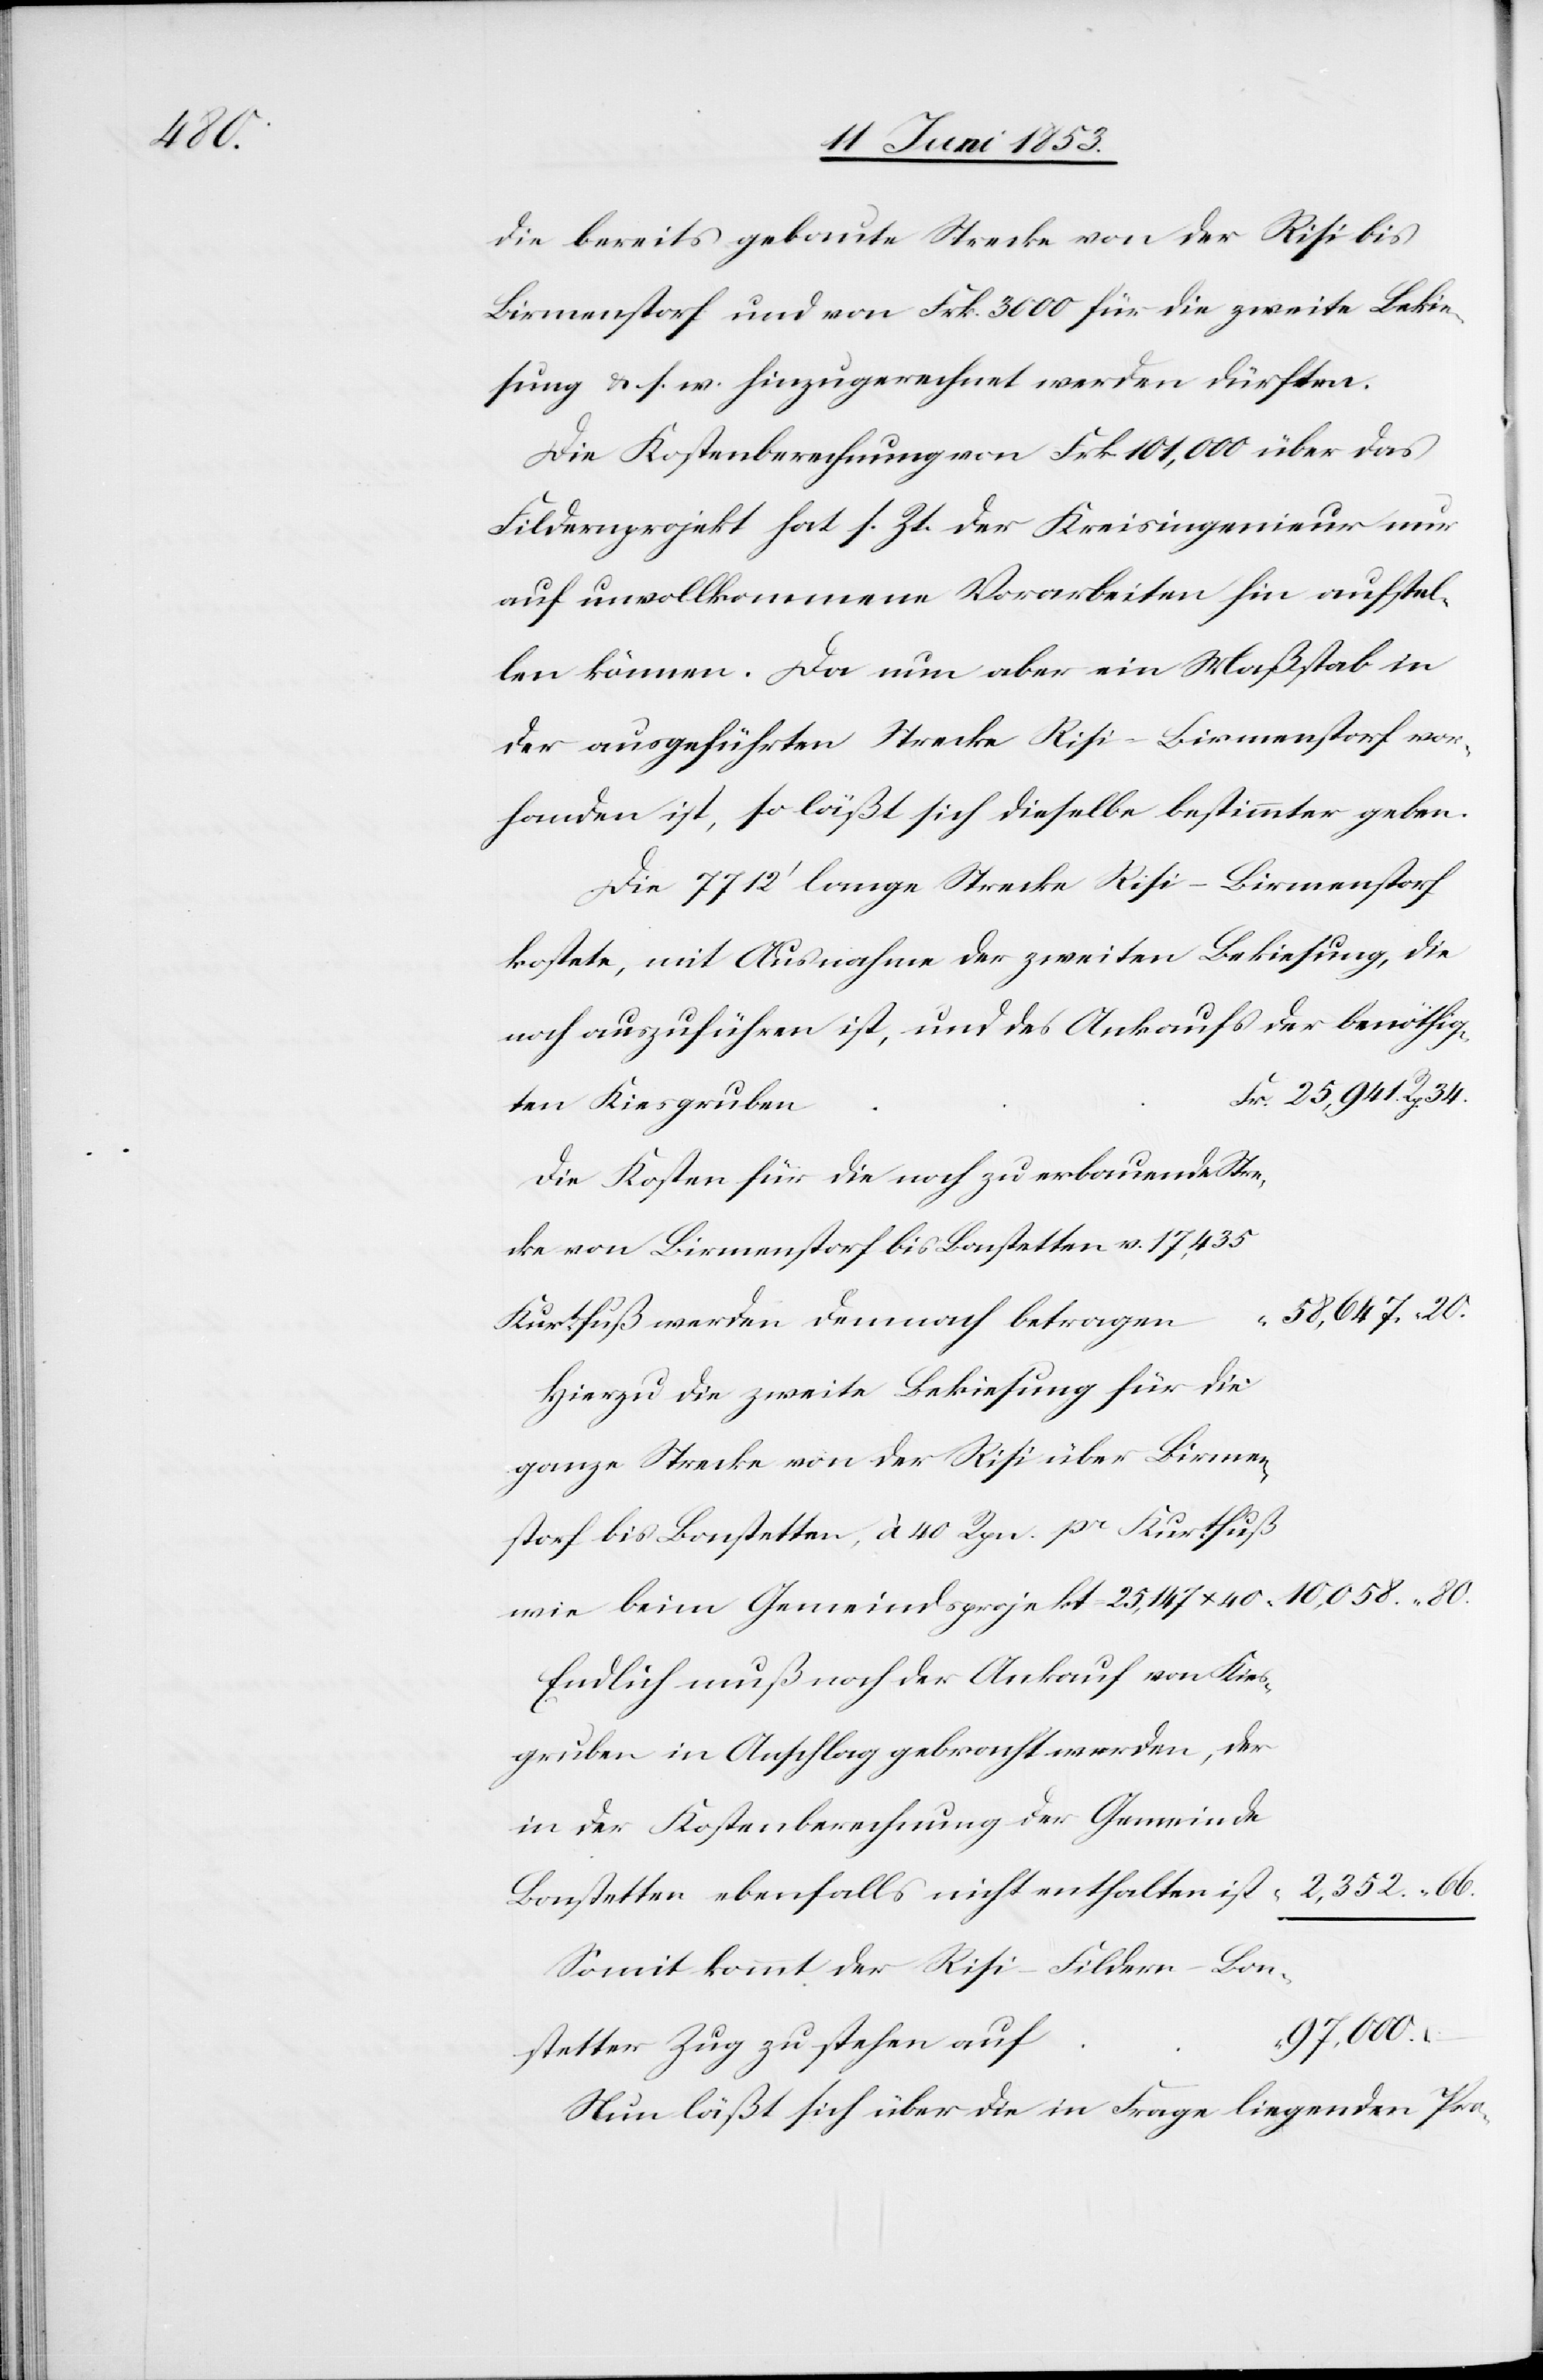
f		“

die bereits gebaute Strecke von der Risi bis
Birmenstorf und von Frk. 3000 für die zweite Bekie¬
sung u. s. w. hinzugerechnet werden dürften.
Die Kostenberechnung von Frk. 101,000 über das
Fildernprojekt hat s. Zt. der Kreisingenieur nur
auf unvollkommenen Vorarbeiten hin aufstel¬
len können. Da nun aber ein Maßstab in
der ausgeführten Strecke Risi–Birmenstorf vor¬
handen ist, so läßt sich dieselbe bestimmter geben.
Die 7712’ lange Strecke Risi–Birmenstorf
kostete, mit Ausnahme der zweiten Bekiesung, die
noch auszuführen ist, und des Ankaufes der benöthig¬
r. 25,941 Rp. 34.
ten Kiesgruben	F¬
Die Kosten für die noch zu erbauende Stre¬
58,647 “ 20.
Kurtfuß werden demnach betrage¬
Hierzu die zweite Bekiesung für die
ganze Strecke von der Risi über
nstorf bis Bonstetten, à 40 Rpn. pr. Kurtfuß
Endlich muß noch der Ankauf von Kies¬
in der Kostenberechnung der Gemeinde
Somit kommt der Risi-Fildern-Bon¬
97,000.
stetter Zug zu stehen au¬
Nun läßt sich über die in Frage liegenden Pro-